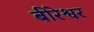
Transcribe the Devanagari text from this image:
बीरेश्वर